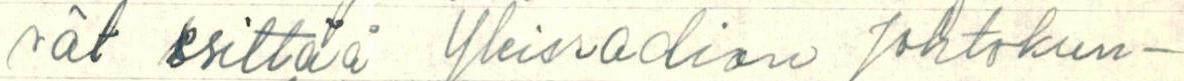
vät esittää Yleisradion Johtokun-